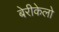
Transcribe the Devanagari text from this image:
बेरीकेलो